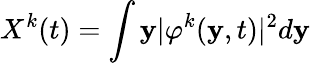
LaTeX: X^{k}(t)=\int\textbf{y}\vert\varphi^{k}(\textbf{y},t)\vert^{2}d\textbf{y}